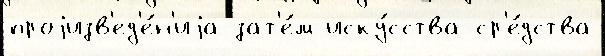
проjизв'ед'е́н'иjа зат'е́м иску́сства ср'е́дства